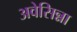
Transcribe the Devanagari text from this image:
अवेसिन्ना